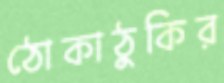
ঠোকাঠুকির